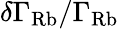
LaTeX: \delta\Gamma_{\mathrm{Rb}}/\Gamma_{\mathrm{Rb}}